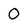
Character: O